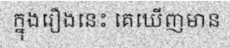
ក្នុងរឿងនេះ គេឃើញមាន